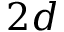
2 d